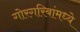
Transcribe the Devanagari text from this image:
गोरगरिबांमध्ये